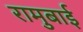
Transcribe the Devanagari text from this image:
रामुबाई